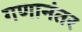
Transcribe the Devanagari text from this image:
गणानंतर